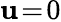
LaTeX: \mathbf{u}\! =\! 0